system: You are a helpful assistant.
user:
Analyze the provided spectrum to determine if it is a **Carbon Star (C-type)**.

- **Key Visual Indicators of Carbon Star:**
    - **(Primary):** Strong molecular absorption from **C₂ (diatomic carbon) "Swan Bands."** This is the **defining feature** of a carbon star.
        - **(Key Bandheads):** Sharp absorption edges are visible at approximately $5635$ Å, $5165$ Å (the strongest band), and $4737$ Å.
        - **(Line Profile):** Creates a distinct **"saw-tooth"** pattern. The key morphology is a sharp, steep bandhead on the **red (long-wavelength) side**, which then gradually tapers off (i.e., flux recovers) towards the **blue (short-wavelength) side**. *(This is the direct opposite of the TiO bands seen in M-type stars)*.

    - **(Secondary):** Intense **CN (cyanogen)** molecular absorption bands.
        - **(Key Bandheads):** Located in the blue and violet regions of the spectrum (e.g., near $4215$ Å and $3883$ Å).
        - **(Morphology):** These bands are extremely broad and act as a "blanket," absorbing the vast majority of blue and violet light. This creates a characteristic **"cliff"** or **"steep drop-off"** in the spectrum's flux at short wavelengths.

    - **(Key Confirmation):** Strong **CH absorption band (G-band)**.
        - **(Key Bandhead):** Located around $4300$ Å. The contribution from CH molecules to this band is exceptionally strong.

    - **(Overall Spectrum):**
        - The continuum is severely "chopped up" by these deep molecular bands, especially C₂, rather than appearing as a smooth curve.
        - Due to the heavy CN and C₂ absorption in the blue-green, the vast majority of the star's flux is concentrated in the red part of the spectrum, giving the star its characteristic deep red color.

Think first, call **spectral_visualization_tool** if needed to examine features in detail, then provide your final answer. Your response must adhere to the following strict rules:
1.  **Overall Structure:** Your response must follow the format `<think>...</think> <tool_call>...</tool_call> (if a tool is used) <answer>...</answer>`.
2.  **Tool Usage Constraint:** You may only make **one** tool call per turn.
3.  **Final Answer Format:** In the `<answer>` tag, your conclusion must be inside a `\boxed{}` command (e.g., `\boxed{YES}`), followed by your justification.

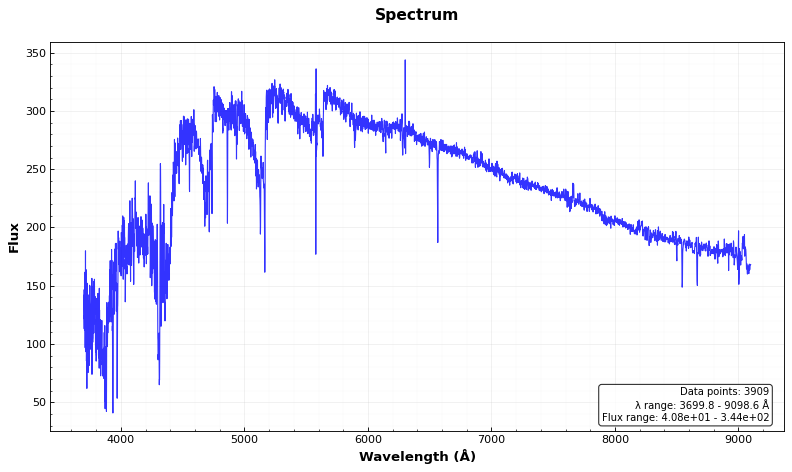
Answer: YES